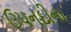
ઉપનદીના